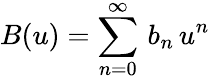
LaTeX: B(u)=\sum_{n=0}^{\infty}\, b_{n}\, u^{n}\,